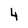
Character: 4